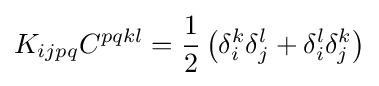
K_{ijpq}C^{pqkl}={\frac {1}{2}}\left(\delta _{i}^{k}\delta _{j}^{l}+\delta _{i}^{l}\delta _{j}^{k}\right)